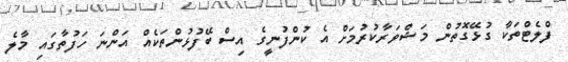
ފްލެޓްތަކާ ގުޅޭގޮތުން މަޝްވަރާކުރުމަށް އެ ކުންފުނީގެ އިސް ބޭފުޅުންތަކެއް އަންނަ ހަފުތާގައި މާލެ